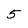
Character: 5